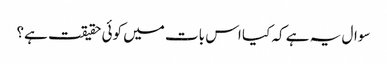
سوال یہ ہے کہ کیا اس بات میں کوئی حقیقت ہے؟